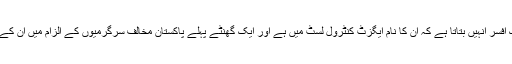
اور پھر امیگریشن کاؤنٹر پر ایک افسر انہیں بتاتا ہے کہ ان کا نام ایگزٹ کنٹرول لسٹ میں ہے اور ایک گھنٹے پہلے پاکستان مخالف سرگرمیوں کے الزام میں ان کے خلاف ایف آئی آر کٹ چکی ہے۔